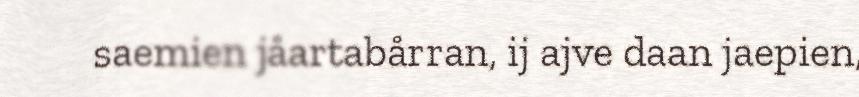
saemien jåartabårran, ij ajve daan jaepien,